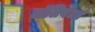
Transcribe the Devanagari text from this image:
वॉलियंटर्स